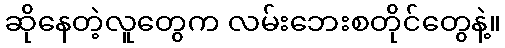
ဆိုနေတဲ့လူတွေက လမ်းဘေးစတိုင်တွေနဲ့။